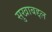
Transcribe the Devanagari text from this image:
सुखाबद्दल